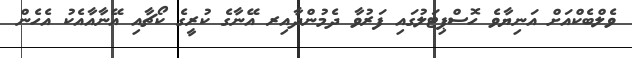
ވެލްބެކްއަށް އަނިޔާވެ ހޮސްޕިޓަލުގައި ފަރުވާ ދެމުންދާއިރ އޭނާގެ ކުރީގެ ކޯޗާއި އޭނާއާއެކު އެހެން